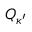
\boldsymbol { Q } _ { \kappa ^ { \prime } }